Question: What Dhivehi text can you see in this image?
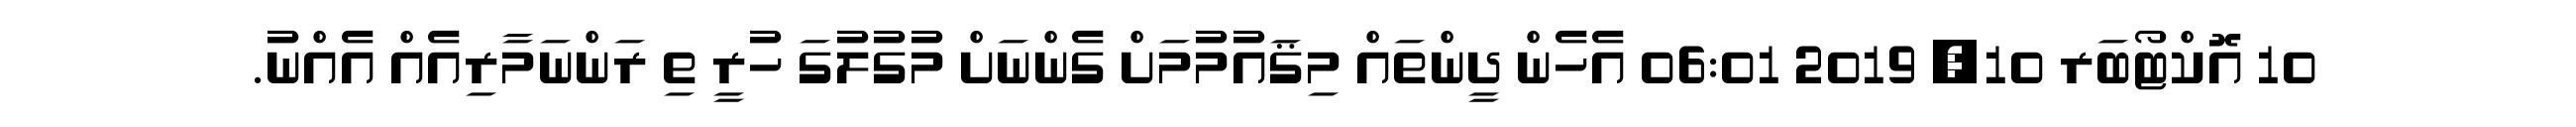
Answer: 10 އޮކްޓޯބަރ 10, 2019 06:01 އެހެން ދީންތައް މިޤައުމުމަށް ގެންނަށް މުގުލުގަ ހުރީ ތި ރަންނަމާރިއެއް އެއްނު.